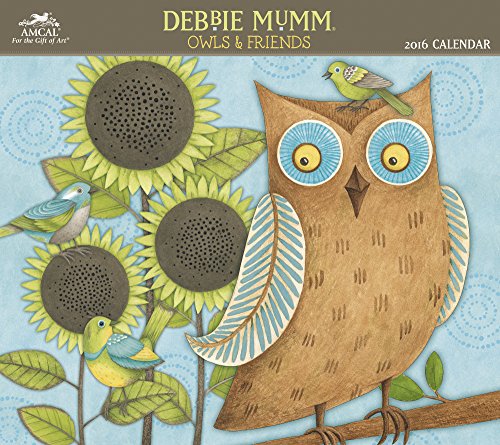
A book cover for Debbie Mumm - Owls & Friends Wall Calendar (2016); AMCAL; Calendars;